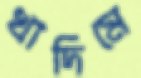
খাদিমে